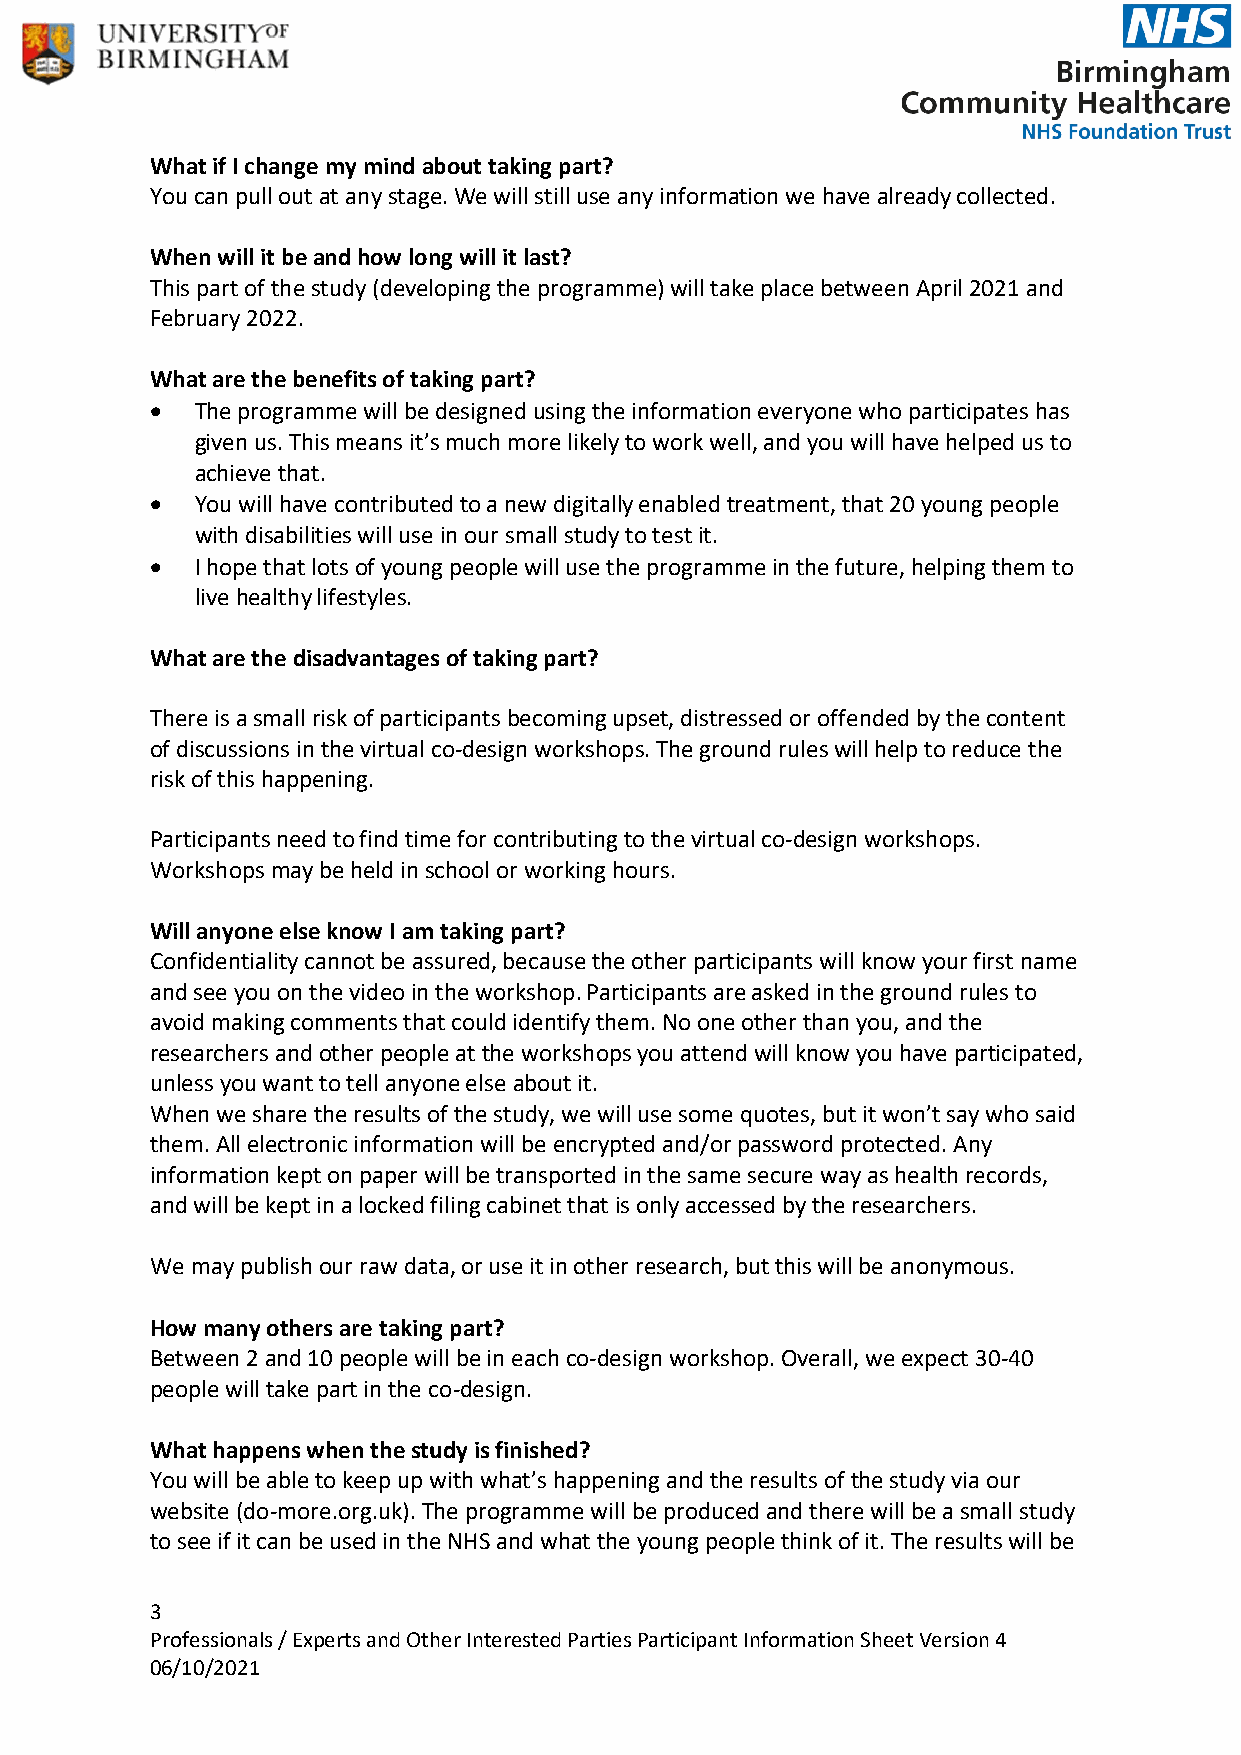
What if I change my mind about taking part?
 You can pull out at any stage. We will still use any information we have already collected.
 When will it be and how long will it last?
 This part of the study (developing the programme) will take place between April 2021 and
 February 2022.
 What are the benefits of taking part?
 •  The programme will be designed using the information everyone who participates has
 given us. This means it’s much more likely to work well, and you will have helped us to
 achieve that.
 •  You will have contributed to a new digitally enabled treatment, that 20 young people
 with disabilities will use in our small study to test it.
 •  I hope that lots of young people will use the programme in the future, helping them to
 live healthy lifestyles.
 What are the disadvantages of taking part?
 There is a small risk of participants becoming upset, distressed or offended by the content
 of discussions in the virtual co-design workshops. The ground rules will help to reduce the
 risk of this happening.
 Participants need to find time for contributing to the virtual co-design workshops.
 Workshops may be held in school or working hours.
 Will anyone else know I am taking part?
 Confidentiality cannot be assured, because the other participants will know your first name
 and see you on the video in the workshop. Participants are asked in the ground rules to
 avoid making comments that could identify them. No one other than you, and the
 researchers and other people at the workshops you attend will know you have participated,
 unless you want to tell anyone else about it.
 When we share the results of the study, we will use some quotes, but it won’t say who said
 them. All electronic information will be encrypted and/or password protected. Any
 information kept on paper will be transported in the same secure way as health records,
 and will be kept in a locked filing cabinet that is only accessed by the researchers.
 We may publish our raw data, or use it in other research, but this will be anonymous.
 How many others are taking part?
 Between 2 and 10 people will be in each co-design workshop. Overall, we expect 30-40
 people will take part in the co-design.
 What happens when the study is finished?
 You will be able to keep up with what’s happening and the results of the study via our
 website (do-more.org.uk). The programme will be produced and there will be a small study
 to see if it can be used in the NHS and what the young people think of it. The results will be
 3
 Professionals / Experts and Other Interested Parties Participant Information Sheet Version 4
 06/10/2021